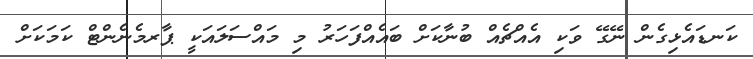
ކަނޑައެޅިގެން ނޭގޭ ވަކި އެއްޗެއް ބުނާކަށް ބައެއްފަހަރު މި މައްސަލައަކީ ޕާރމެނެންޓް ކަމަކަށް